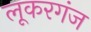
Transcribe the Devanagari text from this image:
लूकरगंज